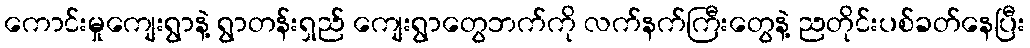
ကောင်းမှုကျေးရွာနဲ့ ရွာတန်းရှည် ကျေးရွာတွေဘက်ကို လက်နက်ကြီးတွေနဲ့ ညတိုင်းပစ်ခတ်နေပြီး